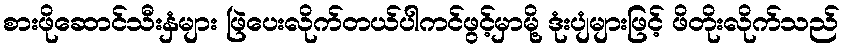
စားဖိုဆောင်သီးနှံများ ဖြဲပေးလိုက်တယ်ပါကင်ဖွင့်မှာမို့ ဒုံးပျံများဖြင့် ဖိတိုးလိုက်သည်